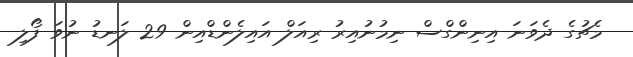
މެޗުގެ ދެވަނަ އިނިންގްސް ނިމުނުއިރު ރިއަލް އައިލެންޑްއިން 29 ލަނޑު ނުވަ ފޯލި